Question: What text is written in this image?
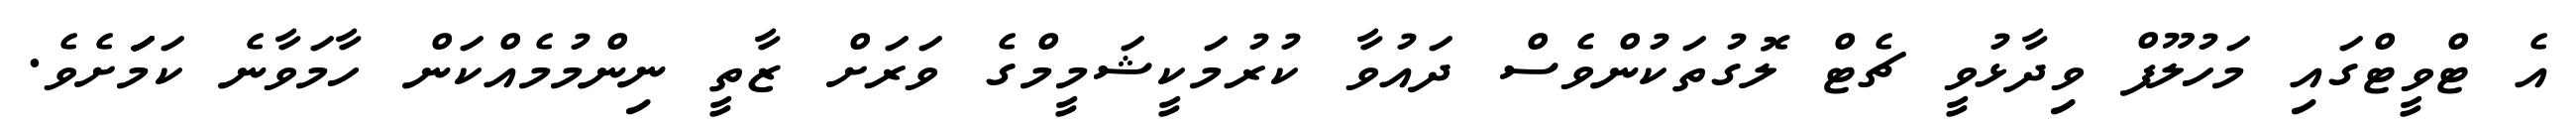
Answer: އެ ޓްވީޓްގައި މަހުލޫފް ވިދާޅުވީ ޗެޓް ލޮގުތަކުންވެސް ދައުވާ ކުރުމަކީޝަމީމްގެ ވަރަށް ޒާތީ ނިންމުމެއްކަން ހާމަވާނެ ކަމަަަަށެވެ.